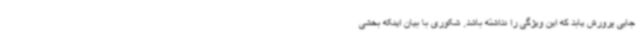
جایی پرورش یابد که این ویژگی را نداشته باشد. شکوری با بیان اینکه بخشی